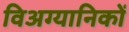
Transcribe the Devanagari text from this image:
विअग्यानिकों